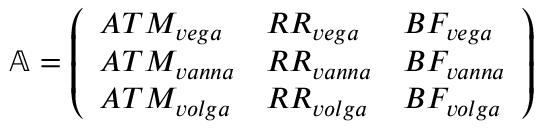
\mathbb { A } = { \left( \begin{array} { l l l } { A T M _ { v e g a } } & { R R _ { v e g a } } & { B F _ { v e g a } } \\ { A T M _ { v a n n a } } & { R R _ { v a n n a } } & { B F _ { v a n n a } } \\ { A T M _ { v o l g a } } & { R R _ { v o l g a } } & { B F _ { v o l g a } } \end{array} \right) }